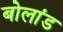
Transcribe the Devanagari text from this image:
बोलांड